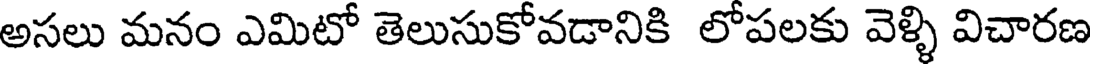
అసలు మనం ఎమిటో తెలుసుకోవడానికి లోపలకు వెళ్ళి విచారణ